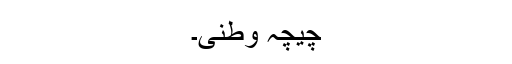
چیچہ وطنی۔